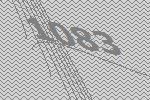
1083